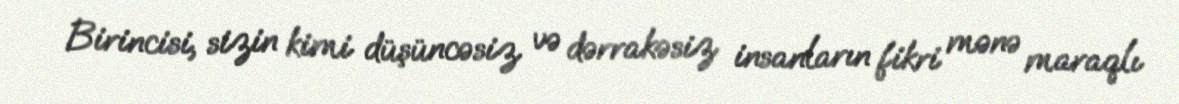
Birincisi, sizin kimi düşüncəsiz və dərrakəsiz insanların fikri mənə maraqlı